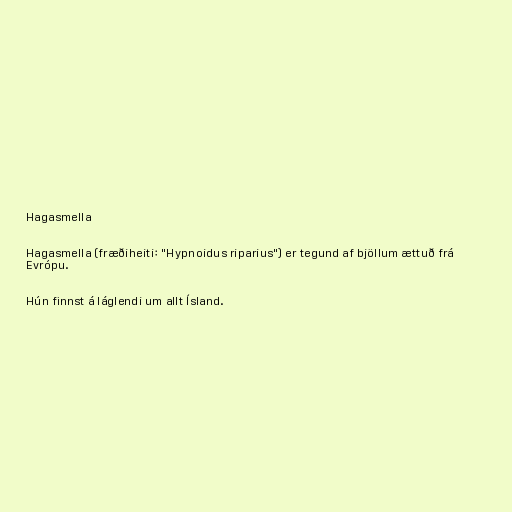
Hagasmella

Hagasmella (fræðiheiti: "Hypnoidus riparius") er tegund af bjöllum ættuð frá
Evrópu.

Hún finnst á láglendi um allt Ísland.